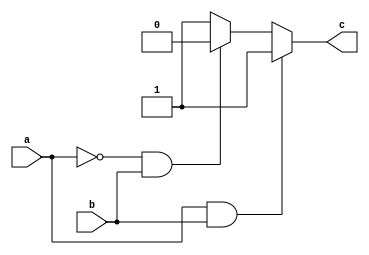
module conditional_modeling (
    input wire a,
    input wire b,
    output reg c
);

    initial begin
        if (a && b) begin
            c <= 1;
        end else if (!a && b) begin
            c <= 0;
        end else begin
            c <= 1;
        end
    end

endmodule